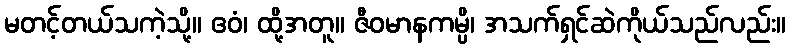
မတင့်တယ်သကဲ့သို့။ ဧဝံ၊ ထို့အတူ။ ဇီဝမာနကမ္ပိ၊ အသက်ရှင်ဆဲကိုယ်သည်လည်း။